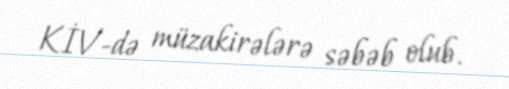
KİV-də müzakirələrə səbəb olub.